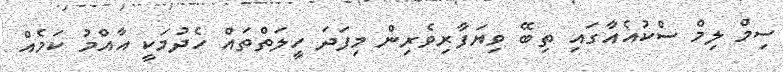
ސިމް ލިމް ސްކުއެއާގައި ތިބޭ ވިޔަފާރިވެރިން މިފަދަ ހީލަތްތައް ހެދުމަކީ އާއްމު ކަމެއް